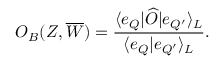
{ \cal O } _ { B } ( Z , \overline { { { W } } } ) = { \frac { \langle e _ { { \cal Q } } | \widehat { \cal O } | e _ { { \cal Q } ^ { \prime } } \rangle _ { \cal L } } { \langle e _ { { \cal Q } } | e _ { { \cal Q } ^ { \prime } } \rangle _ { \cal L } } } .